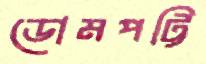
ডোমপট্টি